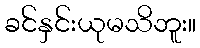
ခင်နှင်းယုမသိဘူး။